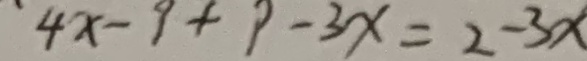
4 x - 9 + 9 - 3 x = 2 - 3 x